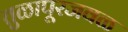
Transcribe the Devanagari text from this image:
तुळापूरजवळ